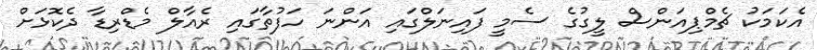
އެކަމަކު ޗެމްޕިއަންސް ލީގުގެ ސެމީ ފައިނަލްގައި އަންނަ ހަފުތާގައި ރެއާލް މެޑްރިޑާ ދެކޮޅަށް